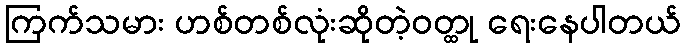
ကြက်သမား ဟစ်တစ်လုံးဆိုတဲ့ဝတ္ထု ရေးနေပါတယ်